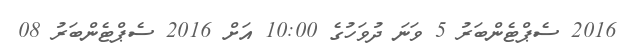
2016 ސެޕްޓެންބަރު 5 ވަނަ ދުވަހުގެ 10:00 އަށް 2016 ސެޕްޓެންބަރު 08